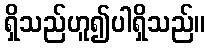
ရှိသည်ဟူ၍ပါရှိသည်။